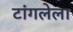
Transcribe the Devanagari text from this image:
टांगलेला